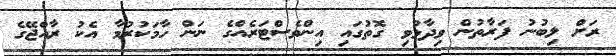
ރަށް ލިބުނު ފަރާތުން ވިދާޅުވި ގޮތުގައި އިންވެސްޓަރެއްގެ ނަން ހާމަކުރުމާ އެކު ރާއްޖޭގެ